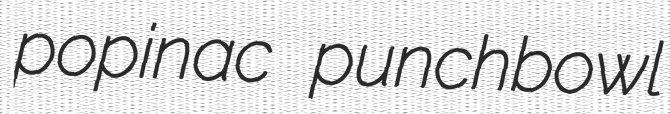
popinac punchbowl